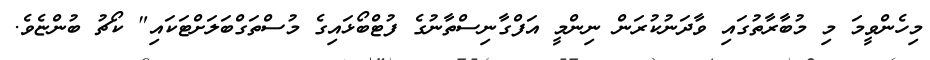
މިހެންވީމަ މި މުބާރާތުގައި ވާދަނުކުރަން ނިންމީ އަފްގާނިސްތާނުގެ ފުޓްބޯޅައިގެ މުސްތަގްބަލަށްޓަކައި" ކޯޗު ބުންޏެވެ.